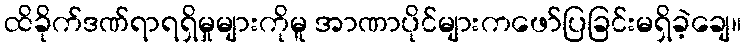
ထိခိုက်ဒဏ်ရာရရှိမှုများကိုမူ အာဏာပိုင်များကဖော်ပြခြင်းမရှိခဲ့ချေ။